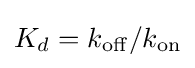
K_{d}=k_{\mathrm {off} }/k_{\mathrm {on} }